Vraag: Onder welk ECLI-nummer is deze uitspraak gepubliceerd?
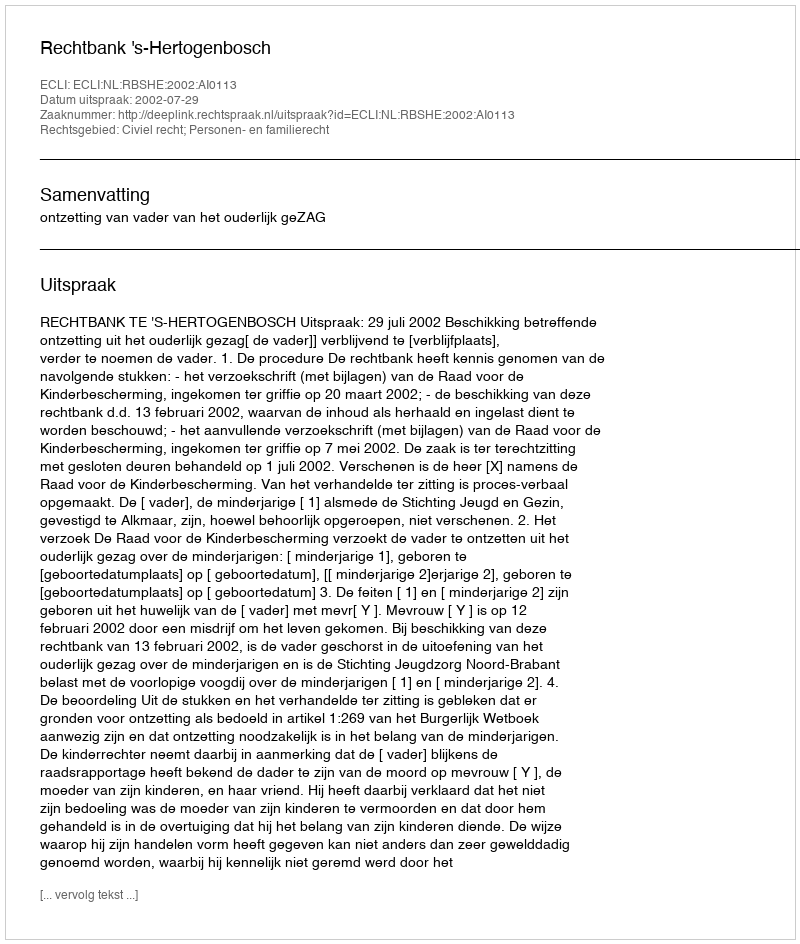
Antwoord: ECLI:NL:RBSHE:2002:AI0113